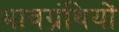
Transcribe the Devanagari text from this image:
भावग्रंथियों